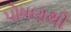
પોષણથી